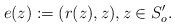
LaTeX: \begin{align*}e(z):=(r(z), z),z\in S_{o}'.\end{align*}